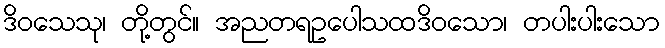
ဒိဝသေသု၊ တို့တွင်။ အညတရဥပေါသထဒိဝသော၊ တပါးပါးသော